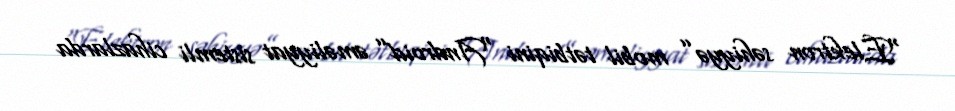
“Elektron səhiyyə” mobil tətbiqini “Android” əməliyyat sistemli cihazlarda